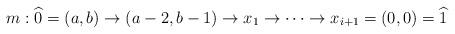
LaTeX: \begin{gather*}m:\widehat{0} = (a,b) \rightarrow (a-2,b-1) \rightarrow x_1 \rightarrow \cdots \rightarrow x_{i+1} = (0,0) = \widehat{1}\end{gather*}